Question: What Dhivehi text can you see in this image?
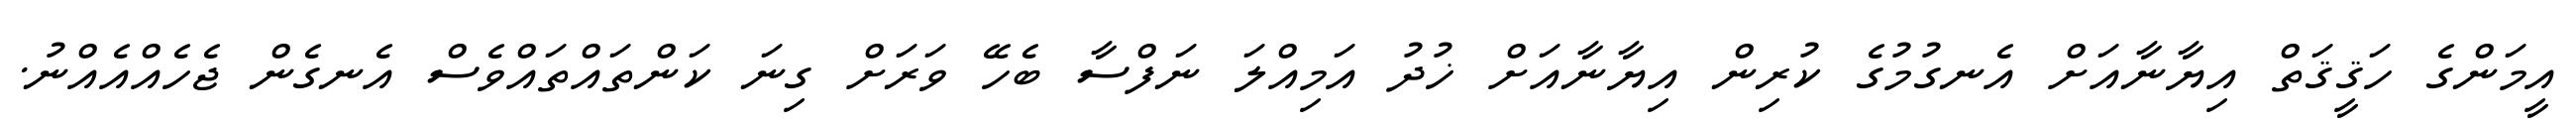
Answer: އީމަންގެ ހަޤީޤަތް އިޔާނާއަށް އެނގުމުގެ ކުރިން އިޔާނާއަށް ޚުދު އަމިއްލަ ނަފްސާ ބެހޭ ވަރަށް ގިނަ ކަންތައްތައްވެސް އެނގެން ޖެހެއްއެއްނު.